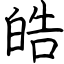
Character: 皓